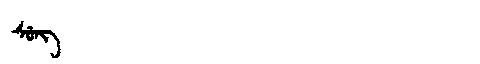
Manchu: ᠰᡠᠩ
Romanization: SUNG